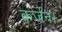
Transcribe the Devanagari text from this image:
कर्जन।